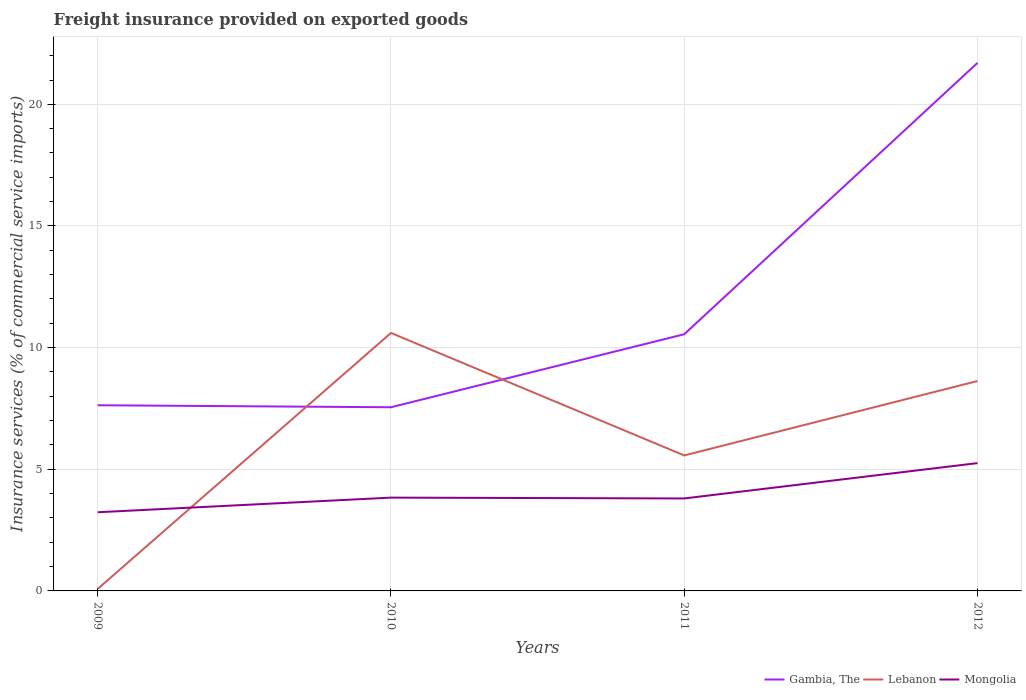
| Years | Gambia, The | Lebanon | Mongolia |
 | --- | --- | --- | --- |
 | 2009 | 7.63 | 0.0836 | 3.23 |
 | 2010 | 7.55 | 10.6 | 3.83 |
 | 2011 | 10.6 | 5.57 | 3.8 |
 | 2012 | 21.7 | 8.63 | 5.25 |